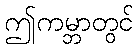
ဤကမ္ဘာတွင်